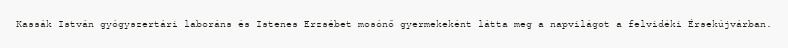
Kassák István gyógyszertári laboráns és Istenes Erzsébet mosónő gyermekeként látta meg a napvilágot a felvidéki Érsekújvárban.